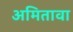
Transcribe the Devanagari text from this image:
अमितावा